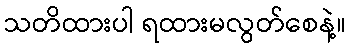
သတိထားပါ ရထားမလွတ်စေနဲ့။